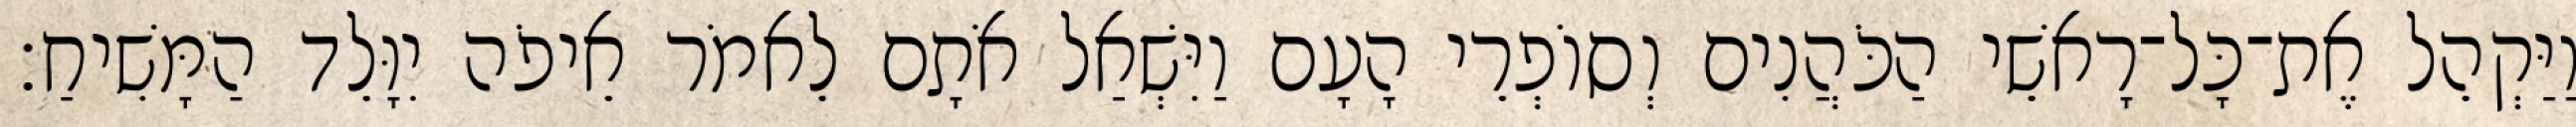
וַיַּקְהֵל אֶת־כָּל־רָאשֵׁי הַכֹּהֲנִים וְסוֹפְרֵי הָעָם וַיִּשְׁאַל אֹתָם לֵאמֹר אֵיפֹה יִוָּלֵד הַמָּשִׁיחַ׃